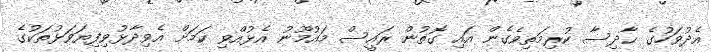
އެދުވަހުގެ ޙާދިސާ ކުރިމަތިވެގެން އައި ގޮތުން ރައީސް މައުމޫނު އެޅުއްވި ކަމަށް އެވިދާޅުވިފިޔަވަޅުތަކުގެ